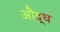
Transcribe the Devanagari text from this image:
औद्ध